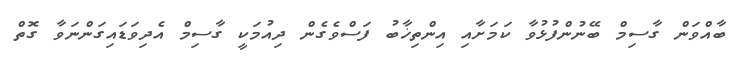
ބާއްވަން ގާސިމް ބޭނުންފުޅުވާ ކަމަށާއި އިންތިޚާބު ފަސްވެގެން ދިއުމަކީ ގާސިމް އެދިވަޑައިގަންނަވާ ގޮތް